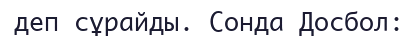
деп сұрайды. Сонда Досбол: